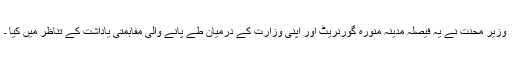
وزیر محنت نے یہ فیصلہ مدینہ منورہ گورنریٹ اور اپنی وزارت کے درمیان طے پانے والی مفاہمتی یاداشت کے تناظر میں کیا ۔